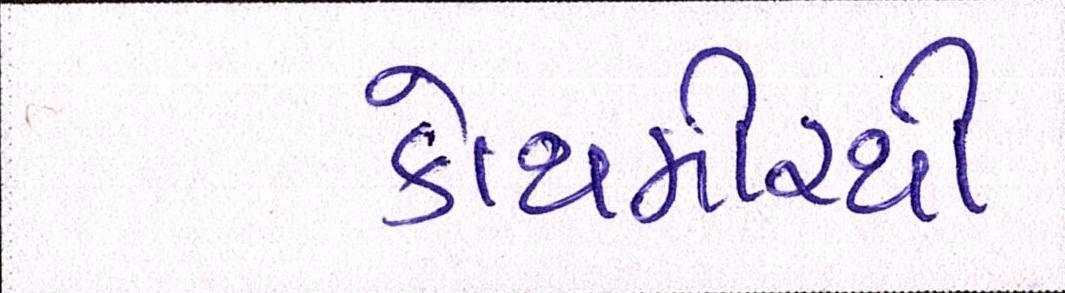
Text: કોથમીરથી